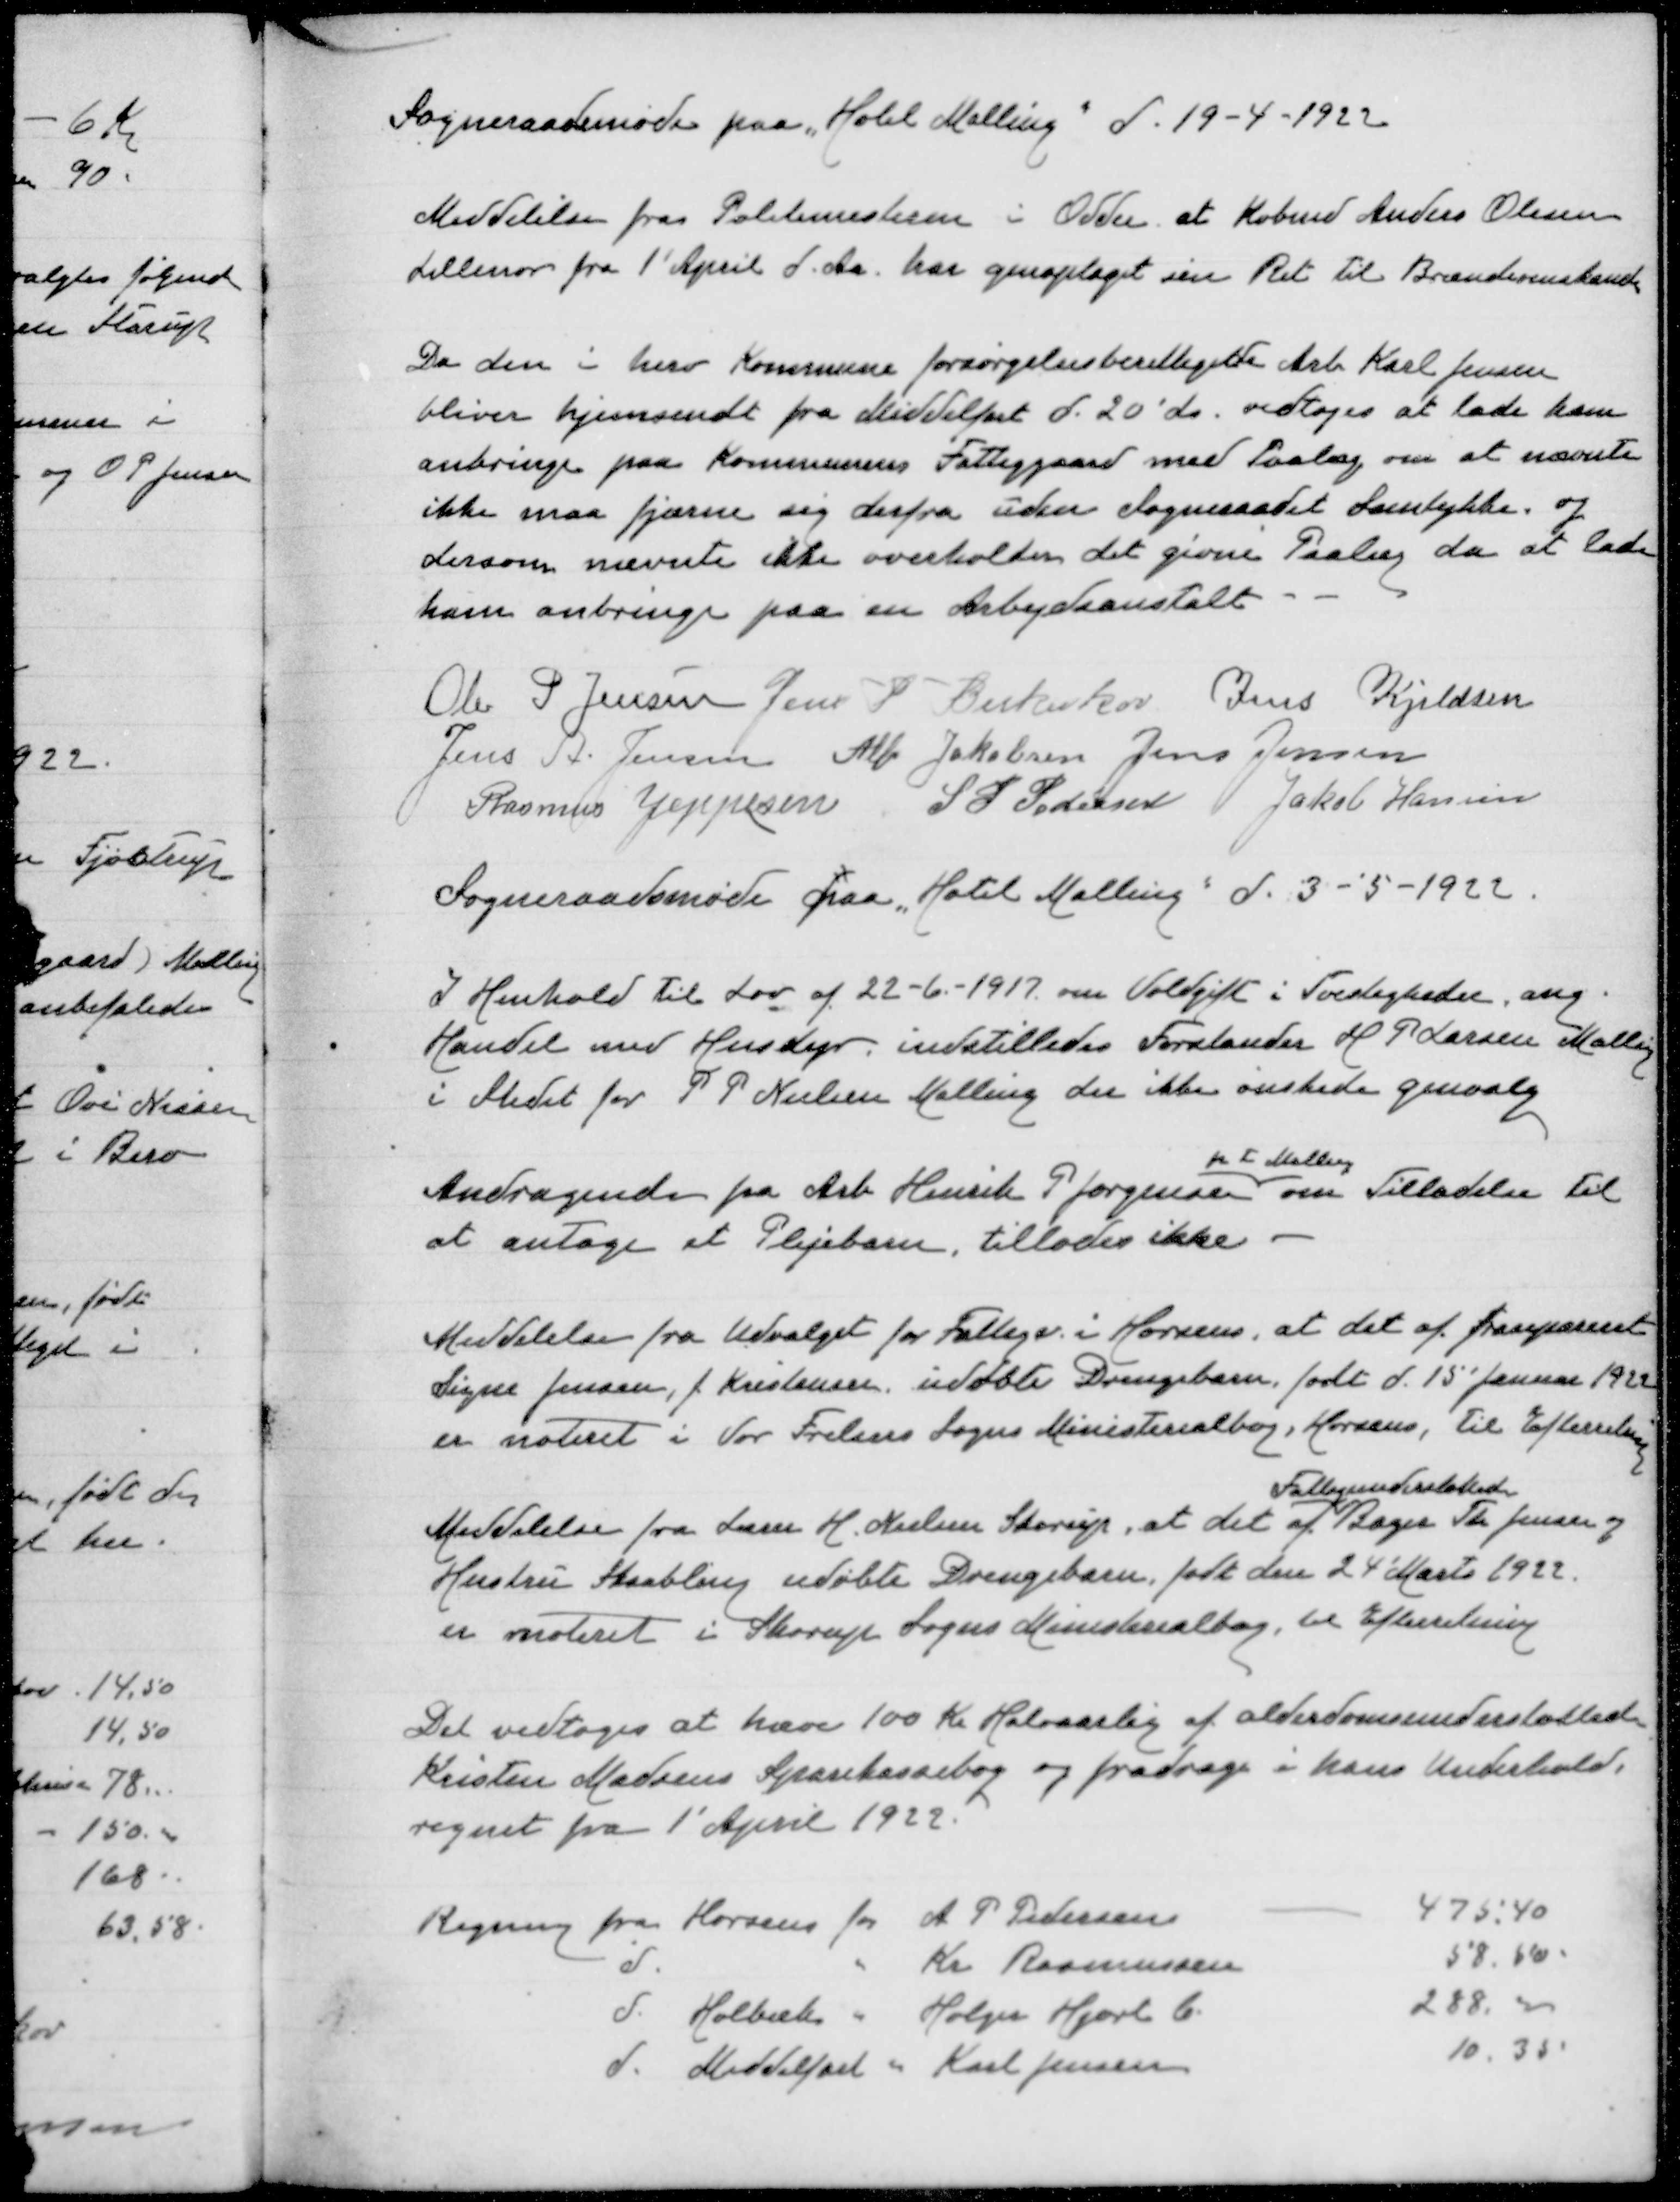
Transskription:
Sogneraadsmøde paa Hotel Malling d 19-4-1922

Meddelelse fra politimesteren i Odder at Købmd Anders Olesen
Lillenor fra 1' April d Aa har genoptaget sin Ret til Brændevinshandel

Da den i herv Kommune forsørgelsesberettigede Arb Karl Jensen
bliver hjemsendt fra Middelfart d 20' ds vedtoges at lade ham
anbringe paa Kommunens Fattiggaard med Paalæg om at nævnte
ikke maa fjerne sig derfra uden Sogneraadet Samtykke, og
dersom nævnte ikke overholder det givne Paalæg da at lade
ham anbringe paa en Arbejdsanstalt

Ole P Jensen
Jens P Birkeskov
Jens Kjeldsen
Jens A Jensen
Alfr Jakobsen
Jens Jensen
Rasmus Jeppesen
S P Pedersen
Jakob Hansen

Sogneraadsmøde paa "Hotel Malling" d. 3-5-1922

I Henhold til Lov af 22-6-1917 om Voldgift i Tvistigheder ang
Handel med Husdyr indstilledes Forstander H P Larsen Malling
i Stedet for P P Nielsen Malling der ikke ønskede genvalg
p t Malling
Andragende fra Arb Henrik P Jørgensen om Tilladelse til
at antage et Plejebarn, tillades ikke.
Meddelelse fra Udvalget for Fattige i Horsens, at det af frasepareret
Signe Jensen, f. Kristensen udøbte Drengebarn født d 15 Januar 1922
er noteret i Vor Frelsers Sogns Ministerialbog, Horsens, til Efterretning
Fattigunderstøttede
Meddelelse fra Lærer H Nielsen, at det af Bager Th Jensen og
Hustru Skaabling udøbte Drengebarn født den 24' Marts 1922
ernoteret i Skorup Sogns Ministerialbog, til Efterretning
Det vedtoges at hæve 100 Kr Halvaarlig af alderdomsunderstøttede
Kristen Madsens Sparekassebøg og fradrage i hans Underhold
regnet fra 1' April 1922

Regning fra Horsens for A P Pedersen 475,40
d " Kr Rasmussen 57,50
d Holbæk " Holger Hjort C 288,50
d Middelfart " Karl Jensen 10,35